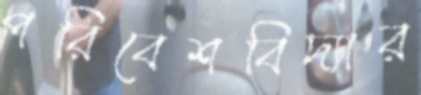
পরিবেশবিদ্যার